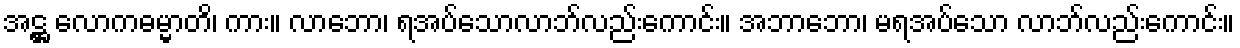
အဋ္ဌ လောကဓမ္မာတိ၊ ကား။ လာဘော၊ ရအပ်သောလာဘ်လည်းကောင်း။ အဘာဘော၊ မရအပ်သော လာဘ်လည်းကောင်း။